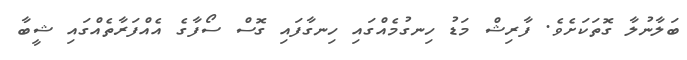
ބަލާނުލާ ގޮތަކަށެވެ. ފާރިޝް މަޑު ހިނގުމެއްގައި ހިނގާފައި ގޮސް ސޯފާގެ އެއްފަރާތެއްގައި ޝީބާ